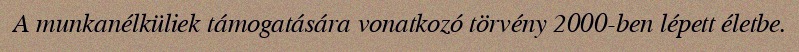
A munkanélküliek támogatására vonatkozó törvény 2000-ben lépett életbe.